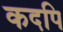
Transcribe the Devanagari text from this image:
कदपि